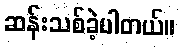
ဆန်းသစ်ခဲ့ပါတယ်။